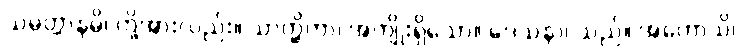
သမ္ပတ္တာနမ္ပိ၊ တို့အားလည်း။ သာတ္ထိကာ၊ အကျိုးရှိသော။ ဒေသနာ၊ သည်။ အဟောသိ၊